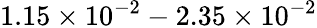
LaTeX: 1.15\times 10^{-2}-2.35\times 10^{-2}